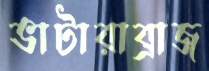
ভাটারাব্রাজ